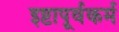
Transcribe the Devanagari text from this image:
इष्टापूर्वकर्म